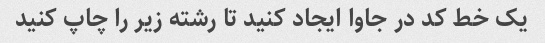
یک خط کد در جاوا ایجاد کنید تا رشته زیر را چاپ کنید